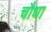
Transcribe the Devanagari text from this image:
चौधा